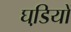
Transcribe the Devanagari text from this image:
घडि़यों